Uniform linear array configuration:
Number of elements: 12
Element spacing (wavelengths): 0.5
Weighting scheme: hamming
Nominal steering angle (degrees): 15
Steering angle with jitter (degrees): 16.192
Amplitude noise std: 0.05
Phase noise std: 0.05

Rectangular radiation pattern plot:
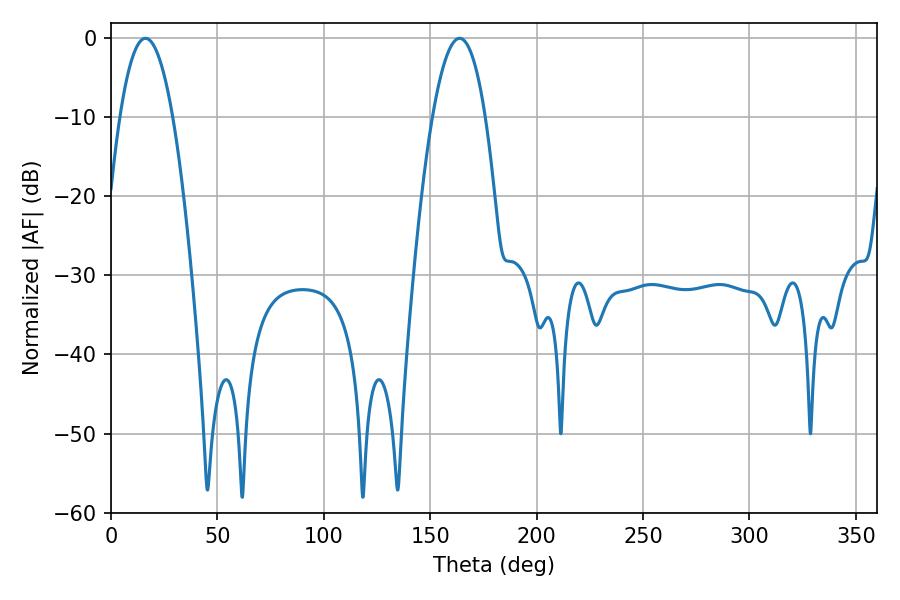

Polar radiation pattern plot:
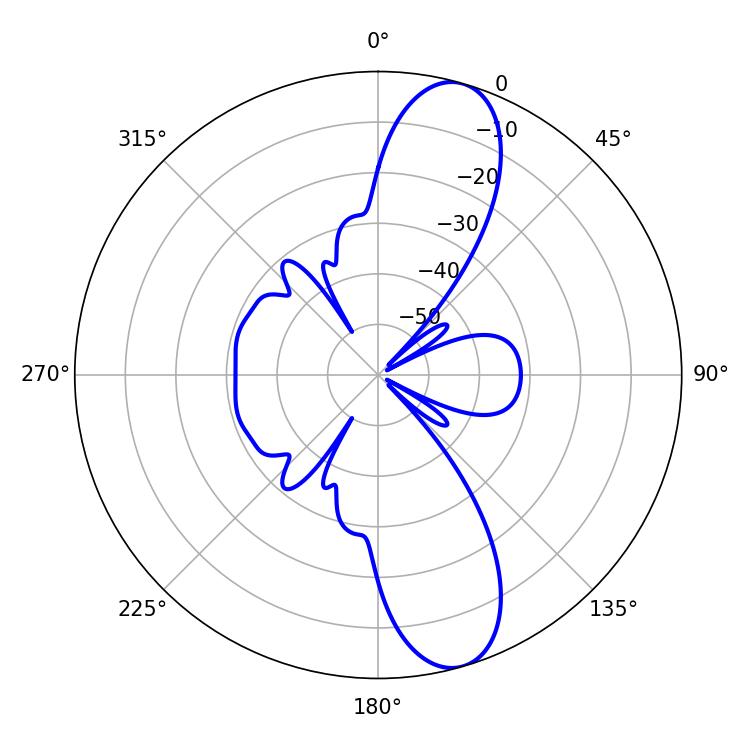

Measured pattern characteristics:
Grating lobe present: FALSE
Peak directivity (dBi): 11.454
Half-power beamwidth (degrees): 13.68
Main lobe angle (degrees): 16.2